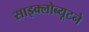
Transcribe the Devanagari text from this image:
साइक्लोब्यूटने